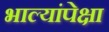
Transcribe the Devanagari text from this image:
भाल्यांपेक्षा